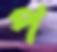
প